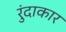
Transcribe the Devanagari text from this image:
रुंदाकार